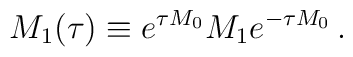
M_1(\tau) \equiv e^{\tau M_0} M_1 e^{-\tau M_0}\,.